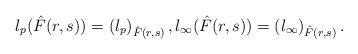
LaTeX: \begin{align*}l_{p}(\hat{F}(r,s))=\left( l_{p}\right)_{\hat{F}(r,s)} ,l_{\infty}(\hat{F}(r,s))=\left( l_{\infty}\right)_{\hat{F}(r,s)}.\end{align*}